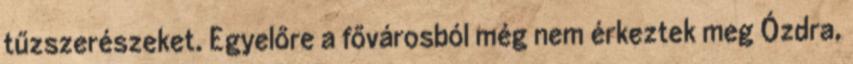
tűzszerészeket. Egyelőre a fővárosból még nem érkeztek meg Ózdra,